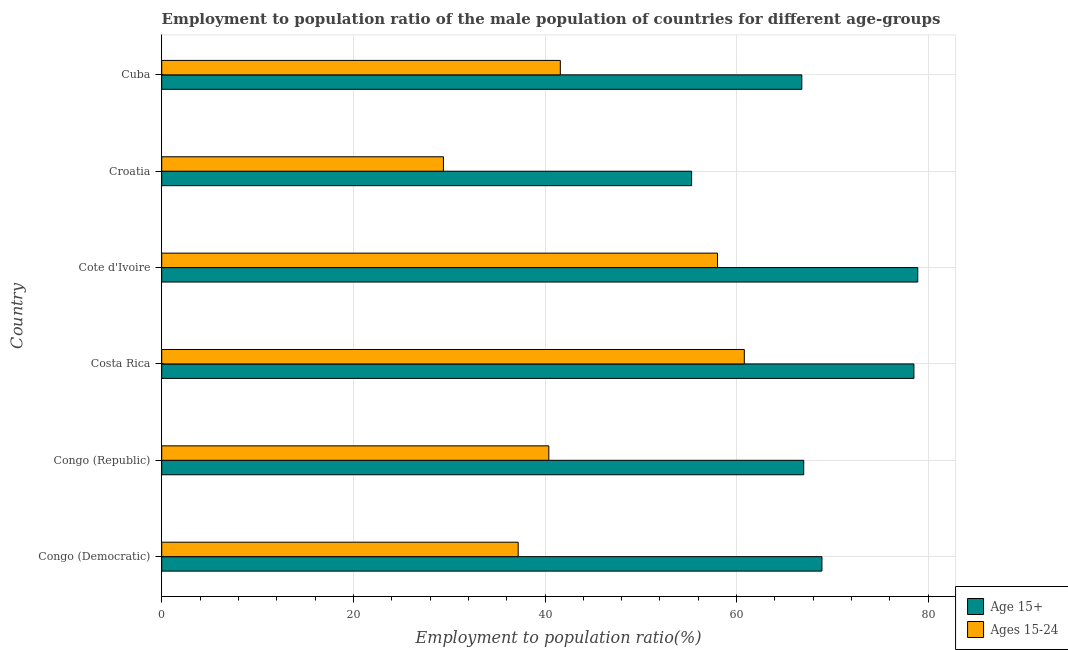
| Country | Age 15+ | Ages 15-24 |
 | --- | --- | --- |
 | Congo (Democratic) | 68.9 | 37.2 |
 | Congo (Republic) | 67 | 40.4 |
 | Costa Rica | 78.5 | 60.8 |
 | Cote d'Ivoire | 78.9 | 58 |
 | Croatia | 55.3 | 29.4 |
 | Cuba | 66.8 | 41.6 |